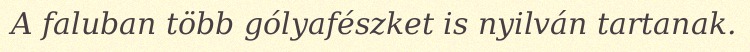
A faluban több gólyafészket is nyilván tartanak.